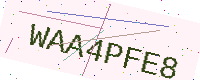
Text: WAA4PFE8